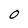
Character: O